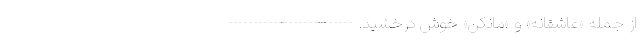
از جمله «عاشقانه» و «مانکن» خوش درخشید. -------------------------